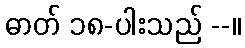
ဓာတ် ၁၈-ပါးသည် --။